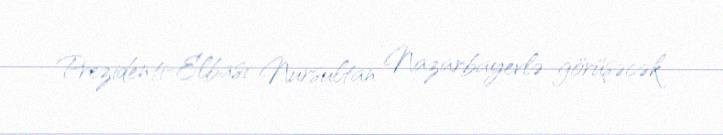
Prezidenti-Elbası Nursultan Nazarbayevlə görüşəcək.